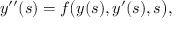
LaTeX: y ^ { \prime \prime } ( s ) = f { \big ( } y ( s ) , y ^ { \prime } ( s ) , s { \big ) } ,